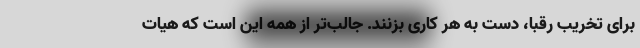
برای تخریب رقبا، دست به هر کاری بزنند. جالب‌تر از همه این است که هیات